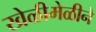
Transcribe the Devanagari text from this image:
खेळीमेळीने